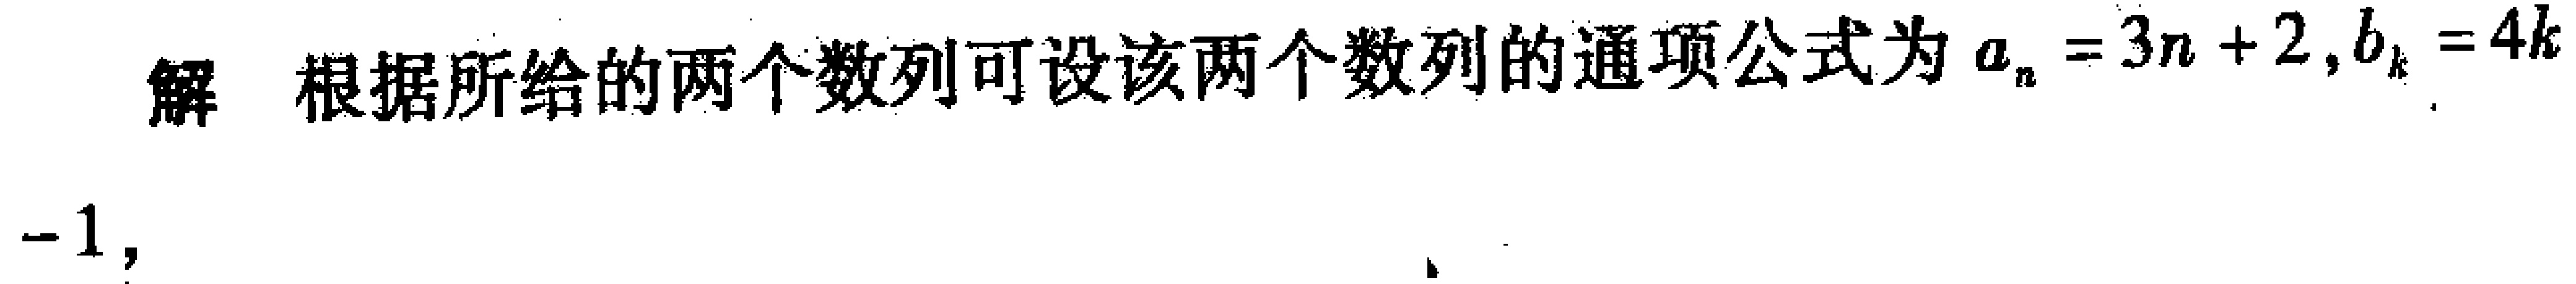
解 根据所给的两个数列可设该两个数列的通项公式为\(a_{n}=3n + 2,b_{k}=4k - 1\)，